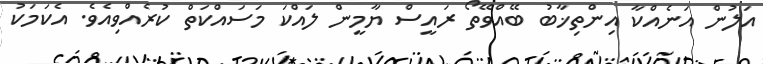
އަލުން އަނެއްކާ އިންތިޚާބު ބޭއްވޭތޯ ރައީސް ޔާމީން ލައްކަ މަސައްކަތް ކުރެއްވިއެވެ. އެކަމަކު